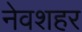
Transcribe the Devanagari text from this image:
नेवशहर